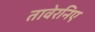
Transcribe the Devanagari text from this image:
तावेरनिए